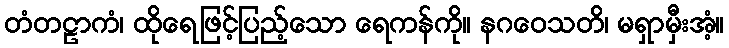
တံတဠာကံ၊ ထိုရေဖြင့်ပြည့်သော ရေကန်ကို။ နဂဝေသတိ၊ မရှာမှီးအံ့။